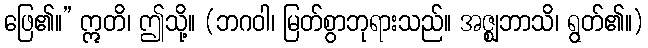
ဖြေ၏။” ဣတိ၊ ဤသို့။ (ဘဂဝါ၊ မြတ်စွာဘုရားသည်။ အဇ္ဈဘာသိ၊ ရွတ်၏။)